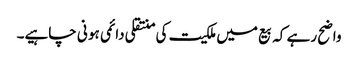
واضح رہے کہ بیع میں ملکیت کی منتقلی دائمی ہو نی چاہیے۔